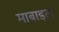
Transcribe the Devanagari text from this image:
माबाइल